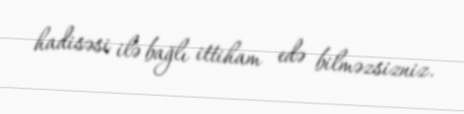
hadisəsi ilə bağlı ittiham edə bilməzsizniz.